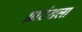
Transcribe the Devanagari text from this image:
ग्राउंडला